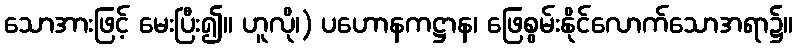
သောအားဖြင့် မေးပြီး၍။ ဟူလို၊) ပဟောနကဋ္ဌာန၊ ဖြေစွမ်းနိုင်လောက်သောအရာ၌။